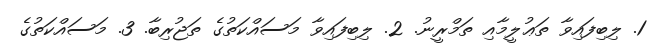
1. ލިބިފައިވާ ތަޢުލީމާއި ތަމްރީނު. 2. ލިބިފައިވާ މަސައްކަތުގެ ތަޖުރިބާ. 3. މަސައްކަތުގެ